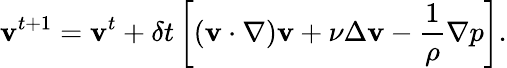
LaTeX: \mathbf{v}^{t+1}=\mathbf{v}^{t}+\delta t\left[(\mathbf{v}\cdot\nabla)\mathbf{v}+\nu\Delta\mathbf{v}-\frac{1}{\rho}\nabla p\right].